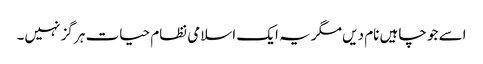
اسے جو چاہیں نام دیں مگر یہ ایک اسلامی نظام حیات ہر گز نہیں۔